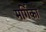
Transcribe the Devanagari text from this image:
मर्गिका